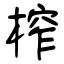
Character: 榨